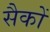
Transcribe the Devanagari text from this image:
सैकों